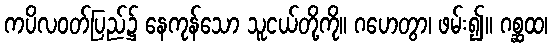
ကပိလဝတ်ပြည်၌ နေကုန်သော သူငယ်တို့ကို။ ဂဟေတွာ၊ ဖမ်း၍။ ဂစ္ဆထ၊